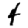
Digit: 4